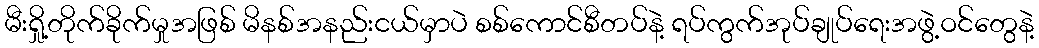
မီးရှို့တိုက်ခိုက်မှုအဖြစ် မိနစ်အနည်းငယ်မှာပဲ စစ်ကောင်စီတပ်နဲ့ ရပ်ကွက်အုပ်ချုပ်ရေးအဖွဲ့ဝင်တွေနဲ့